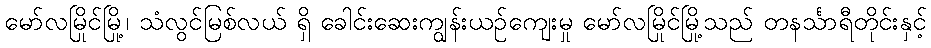
မော်လမြိုင်မြို့၊ သံလွင်မြစ်လယ် ရှိ ခေါင်းဆေးကျွန်းယဉ်ကျေးမှု မော်လမြိုင်မြို့သည် တနင်္သာရီတိုင်းနှင့်